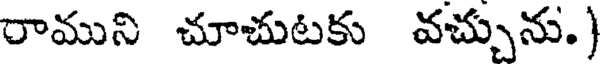
రాముని చూచుటకు వచ్చును.)